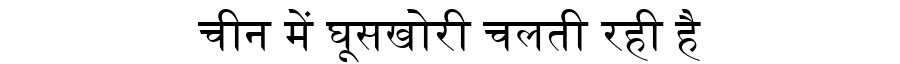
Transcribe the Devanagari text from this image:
चीन में घूसखोरी चलती रही है